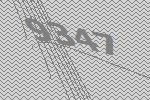
9347